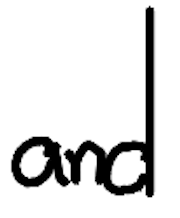
Text: and
Cross-out: clean
Writing tool: digital_black